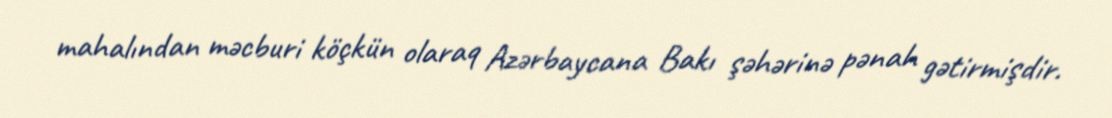
mahalından məcburi köçkün olaraq Azərbaycana Bakı şəhərinə pənah gətirmişdir.